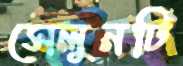
সেলুনটি